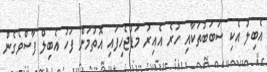
އެބިލު އެކި ސަބަބުތަކާއި ހުރެ އެއިރު މަޑުޖެހިފައި އޮތުމަށް ފަހު އެބިލް ފާސްވެގެން